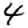
Digit: 4